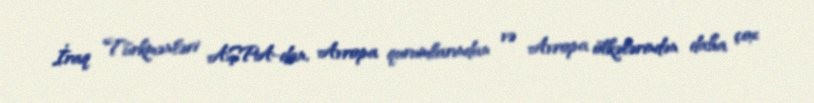
İraq Türkmənləri AŞPA-dan, Avropa qurumlarından və Avropa ölkələrindən daha çox